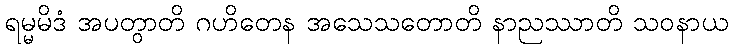
ရမ္မမိဒံ အပတွာတိ ဂဟိတေန အသေသတောတိ နာညဿာတိ သဝနာယ